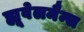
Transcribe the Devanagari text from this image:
ह्यूवेलमैन्स